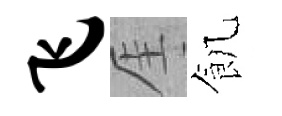
飞厓飢